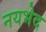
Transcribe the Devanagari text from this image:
नयभेद